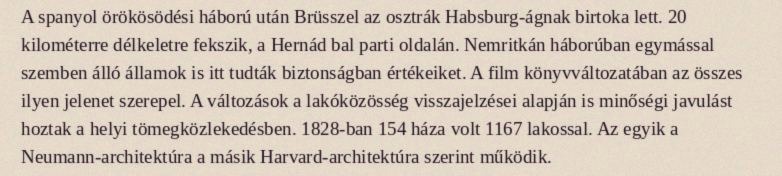
A spanyol örökösödési háború után Brüsszel az osztrák Habsburg-ágnak birtoka lett. 20 kilométerre délkeletre fekszik, a Hernád bal parti oldalán. Nemritkán háborúban egymással szemben álló államok is itt tudták biztonságban értékeiket. A film könyvváltozatában az összes ilyen jelenet szerepel. A változások a lakóközösség visszajelzései alapján is minőségi javulást hoztak a helyi tömegközlekedésben. 1828-ban 154 háza volt 1167 lakossal. Az egyik a Neumann-architektúra a másik Harvard-architektúra szerint működik.